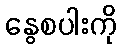
နွေစပါးကို